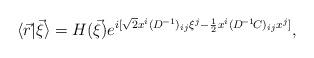
LaTeX: \begin{align*}\langle\vec{r}|\vec{\xi}\rangle=H(\vec{\xi})e^{i[\sqrt{2}x^{i}(D^{\!-1})_{ij}\xi^{j}-\frac{1}{2}x^{i}(D^{\!-1}\!C)_{ij}x^{j}]},\end{align*}